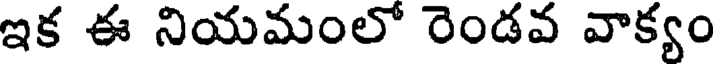
ఇక ఈ నియమంలో రెండవ వాక్యం